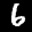
Label: 6